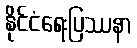
နိုင်ငံရေးပြဿနာ